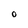
Character: O